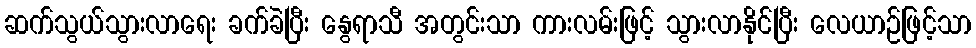
ဆက်သွယ်သွားလာရေး ခက်ခဲပြီး နွေရာသီ အတွင်းသာ ကားလမ်းဖြင့် သွားလာနိုင်ပြီး လေယာဉ်ဖြင့်သာ